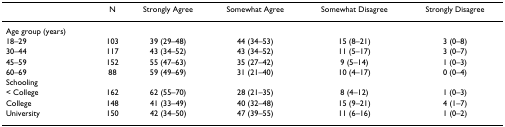
<table><thead><tr><td></td><td><b>N</b></td><td><b>Strongly Agree</b></td><td><b>Somewhat Agree</b></td><td><b>Somewhat Disagree</b></td><td><b>Strongly Disagree</b></td></tr></thead><tbody><tr><td>Age group (years)</td><td></td><td></td><td></td><td></td><td></td></tr><tr><td>18–29</td><td>103</td><td>39 (29–48)</td><td>44 (34–53)</td><td>15 (8–21)</td><td>3 (0–8)</td></tr><tr><td>30–44</td><td>117</td><td>43 (34–52)</td><td>43 (34–52)</td><td>11 (5–17)</td><td>3 (0–7)</td></tr><tr><td>45–59</td><td>152</td><td>55 (47–63)</td><td>35 (27–42)</td><td>9 (5–14)</td><td>1 (0–3)</td></tr><tr><td>60–69</td><td>88</td><td>59 (49–69)</td><td>31 (21–40)</td><td>10 (4–17)</td><td>0 (0–4)</td></tr><tr><td>Schooling</td><td></td><td></td><td></td><td></td><td></td></tr><tr><td>&lt; College</td><td>162</td><td>62 (55–70)</td><td>28 (21–35)</td><td>8 (4–12)</td><td>1 (0–3)</td></tr><tr><td>College</td><td>148</td><td>41 (33–49)</td><td>40 (32–48)</td><td>15 (9–21)</td><td>4 (1–7)</td></tr><tr><td>University</td><td>150</td><td>42 (34–50)</td><td>47 (39–55)</td><td>11 (6–16)</td><td>1 (0–2)</td></tr></tbody></table>